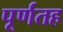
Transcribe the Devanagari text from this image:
पूर्णतह